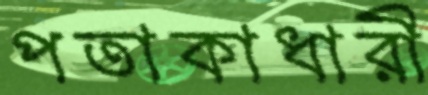
পতাকাধারী